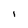
Character: I